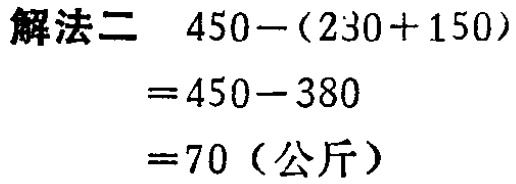
解法二 \(450-(230 + 150)\)

\(=450-380\)

\(=70\)（公斤）